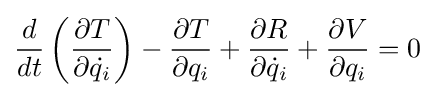
{\frac {d}{dt}}\left({\frac {\partial T}{\partial {\dot {q_{i}}}}}\right)-{\frac {\partial T}{\partial q_{i}}}+{\frac {\partial R}{\partial {\dot {q}}_{i}}}+{\frac {\partial V}{\partial q_{i}}}=0